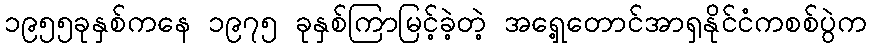
၁၉၅၅ခုနှစ်ကနေ ၁၉၇၅ ခုနှစ်ကြာမြင့်ခဲ့တဲ့ အရှေ့တောင်အာရှနိုင်ငံကစစ်ပွဲက